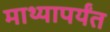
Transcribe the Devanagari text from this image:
माथ्यापर्यंत